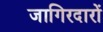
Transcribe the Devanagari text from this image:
जागिरदारों